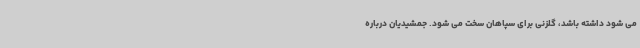
می شود داشته باشد، گلزنی برای سپاهان سخت می شود. جمشیدیان درباره